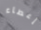
إعطاء